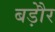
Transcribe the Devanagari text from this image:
बड़ेौर